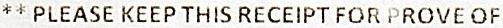
** PLEASE KEEP THIS RECEIPT FOR PROVE OF